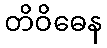
တိဝိဓေန